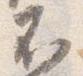
不